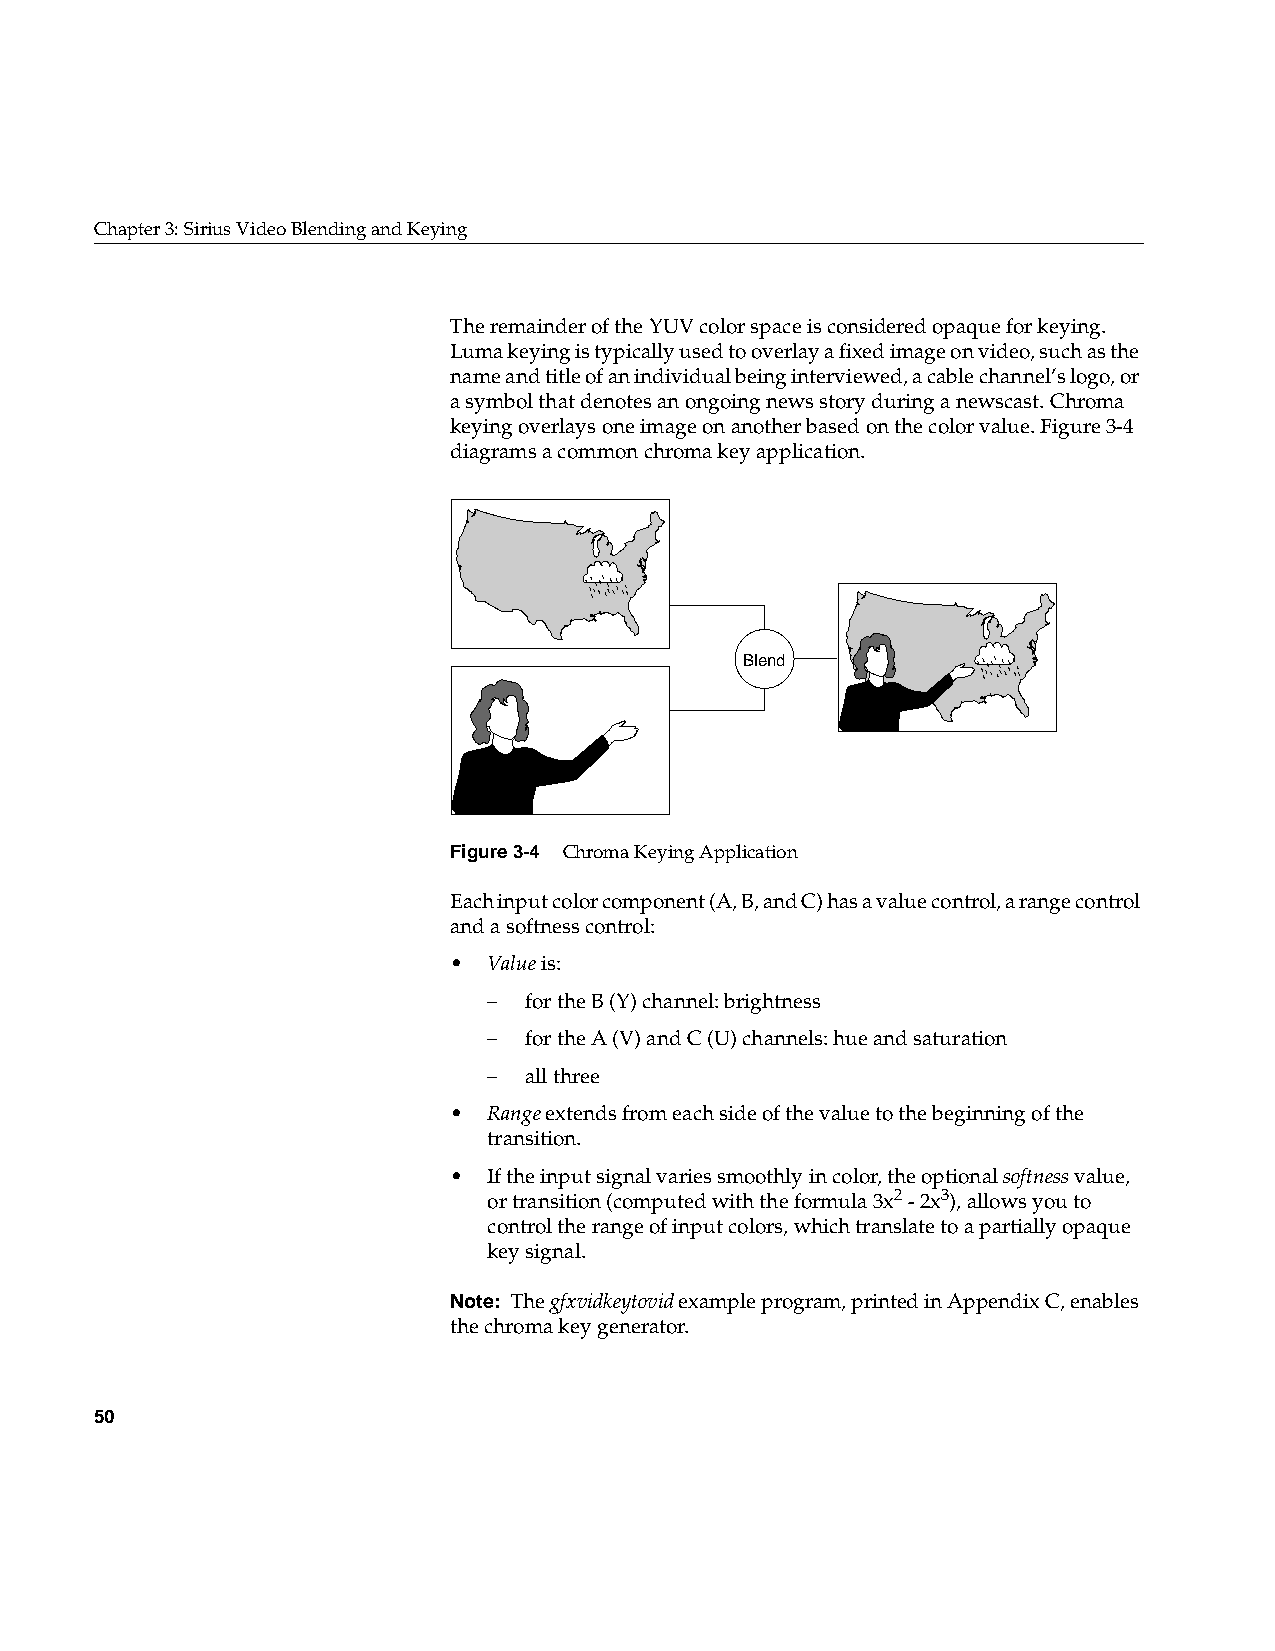
Chapter3: Sirius Video Blending and Keying
 The remainder of the YUV color space is considered opaque for keying.
 Luma keying is typically used to overlay a fixed image on video, such as the
 name and title of an individual being interviewed, a cable channel’s logo, or
 a symbol that denotes an ongoing news story during a newscast. Chroma
 keying overlays one image on another based on the color value. Figure3-4
 diagrams a common chroma key application.
 Blend
 Figure3-4 Chroma Keying Application
 Each input color component (A, B, and C) has a value control, a range control
 and a softness control:
 • Value is:
 –  for the B (Y) channel: brightness
 –  for the A (V) and C (U) channels: hue and saturation
 –  all three
 • Range extends from each side of the value to the beginning of the
 transition.
 • If the input signal varies smoothly in color, the optionalsoftness value,
 or transition (computed with the formula 3x2 - 2x3), allows you to
 control the range of input colors, which translate to a partially opaque
 key signal.
 Note: Thegfxvidkeytovid example program, printed in Appendix C, enables
 the chroma key generator.
 50